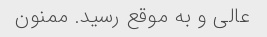
عالی و به موقع رسید. ممنون